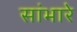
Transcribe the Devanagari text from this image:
सांभारे